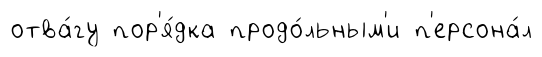
отва́гу пор'я́дка продо́льным'и п'ерсона́л